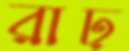
রাঢ়